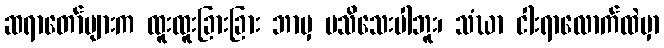
ဆရာတော်များက ထူးထူးခြားခြား ဘာမှ မသိသေးပါဘူး၊ သံဃာ ငါးရာလောက်ထဲမှာ